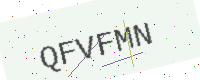
Text: QFVFMN